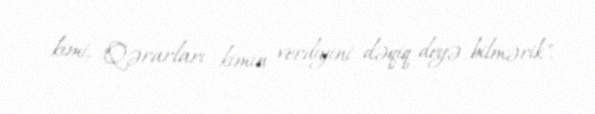
kimi, "Qərarları kimin verdiyini dəqiq deyə bilmərik".